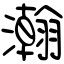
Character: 瀚